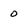
Character: 0